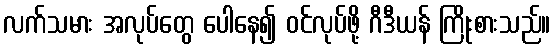
လက်သမား အလုပ်တွေ ပေါနေ၍ ဝင်လုပ်ဖို့ ဂီဒီယန် ကြိုးစားသည်။